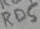
Text: RD5